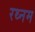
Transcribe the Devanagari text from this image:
रथ्नम